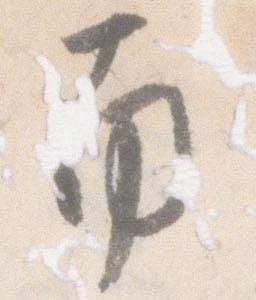
南